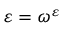
\varepsilon = \omega ^ { \varepsilon }